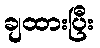
ချထားပြီး